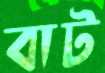
বাট